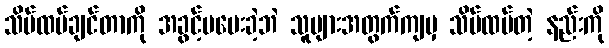
သိမ်ထပ်ချင်တာကို အခွင့်မပေးခဲ့ဘဲ သူများအတွက်ကျမှ သိမ်ထပ်တဲ့ နည်းကို